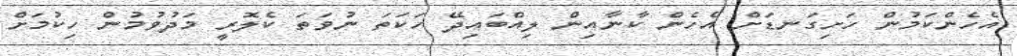
އެހެންކަމުން ހަށިގަނޑަށް އެހެން ކާނާއިން ލިއްބައިދޭ ހަކަތަ ނުވަތަ ކެލޮރީ މަދުވުމުން ހިކުމަށް